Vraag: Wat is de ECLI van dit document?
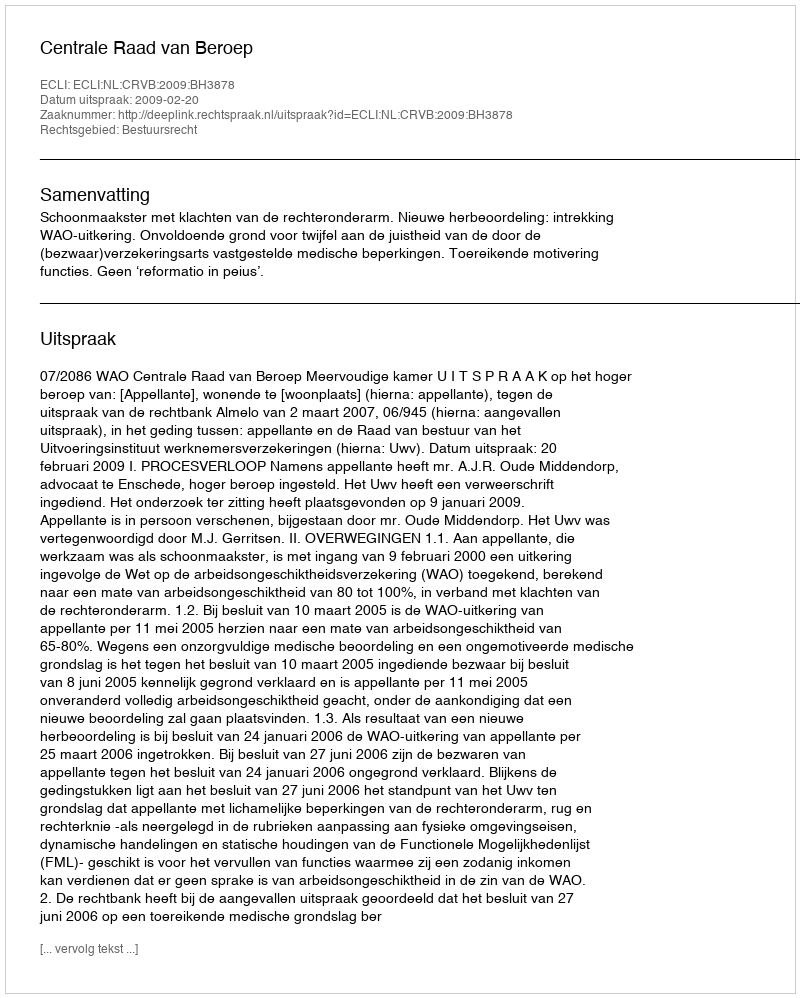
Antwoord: ECLI:NL:CRVB:2009:BH3878